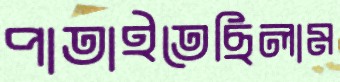
পাতাইতেছিলাম